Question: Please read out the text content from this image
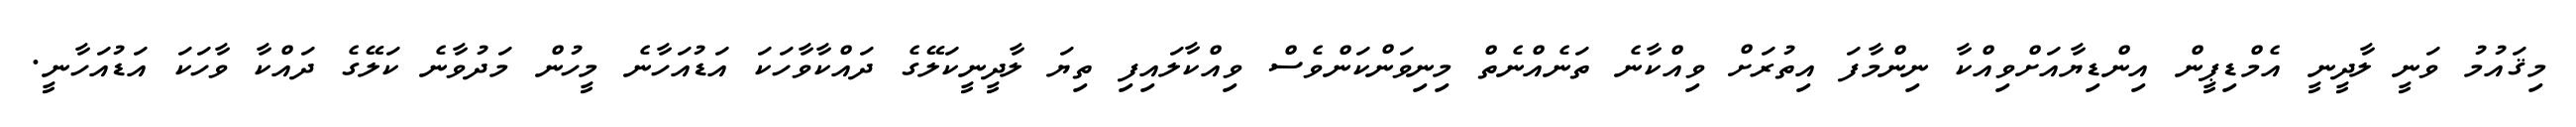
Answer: މިޤައުމު ވަނީ ލާދީނީ އެމްޑިޕީން އިންޑިޔާއަށްވިއްކާ ނިންމާފަ އިތުރަށް ވިއްކާނެ ތަނެއްނެތް މިނިވަންކަންވެސް ވިއްކާލައިފި ތިޔަ ލާދީނީކަލޭގެ ދައްކާވާހަކަ އަޑުއަހާނެ މީހުން މަދުވާނެ ކަލޭގެ ދައްކާ ވާހަކަ އަޑުއަހާނީ.